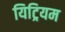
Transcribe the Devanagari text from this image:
यिट्रियम